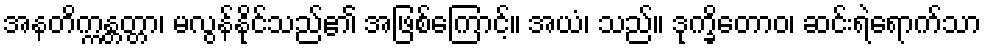
အနတိက္ကန္တတ္တာ၊ မလွန်နိုင်သည်၏ အဖြစ်ကြောင့်။ အယံ၊ သည်။ ဒုက္ခိတောဝ၊ ဆင်းရဲရောက်သာ